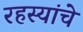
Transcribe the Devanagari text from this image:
रहस्यांचे